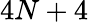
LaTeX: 4N+4